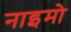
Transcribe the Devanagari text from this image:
नाइमो